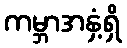
ကမ္ဘာအနှံ့ရှိ